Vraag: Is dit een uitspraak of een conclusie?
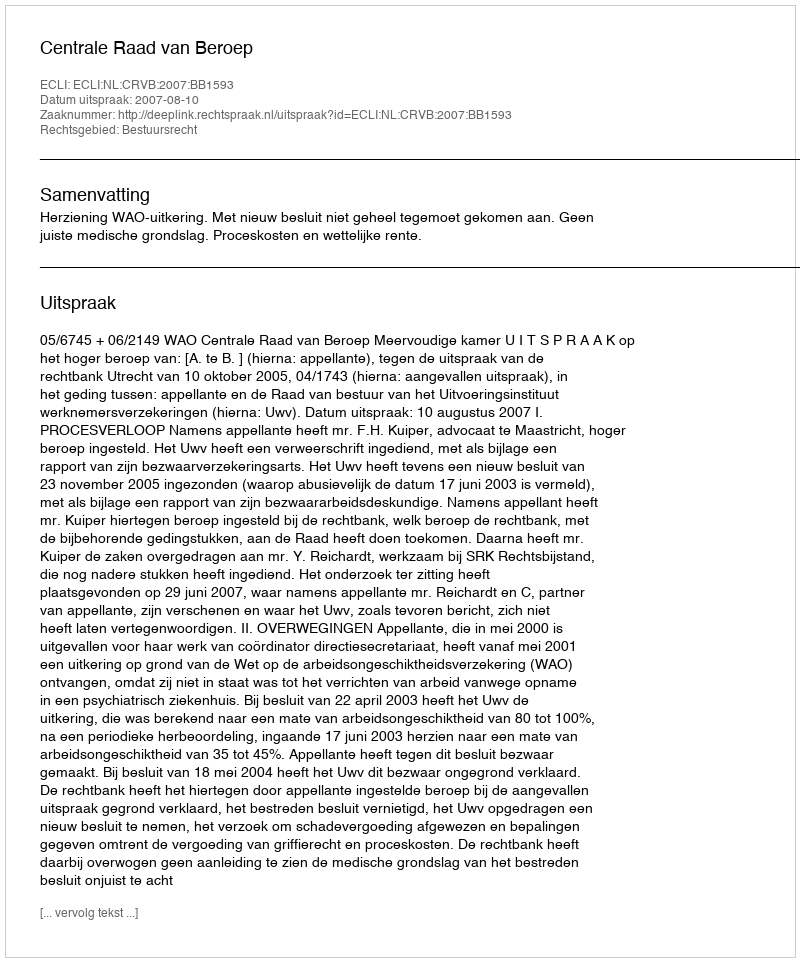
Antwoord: Uitspraak